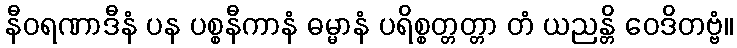
နီဝရဏာဒီနံ ပန ပစ္စနီကာနံ ဓမ္မာနံ ပရိစ္စတ္တတ္တာ တံ ယညန္တိ ဝေဒိတဗ္ဗံ။